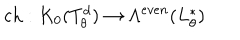
\mathrm { c h } : K _ { 0 } ( T _ { \theta } ^ { d } ) \to \Lambda ^ { e v e n } ( L _ { \theta } ^ { * } )